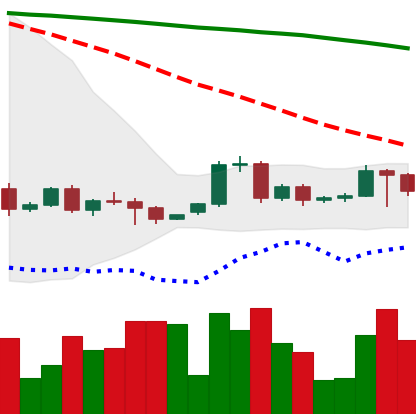
Ticker: BTC-USD
Chart end date: 2022-06-08
Forward return: -25.574%
Label: down_7plus